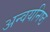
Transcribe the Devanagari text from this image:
अन्वयनिष्ठ